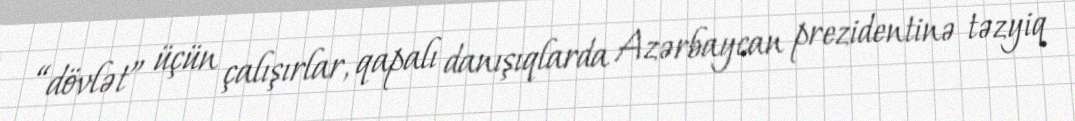
“dövlət” üçün çalışırlar, qapalı danışıqlarda Azərbaycan prezidentinə təzyiq